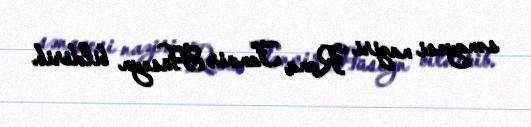
sənayesi naziri Rana Tanvir Hüseyn bildirib.